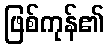
ဖြစ်ကုန်၏